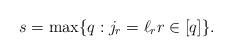
LaTeX: \begin{align*}s=\max\{q: j_{r}=\ell_{r} r \in[q]\}.\end{align*}